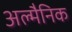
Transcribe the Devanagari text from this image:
अल्मैनिक